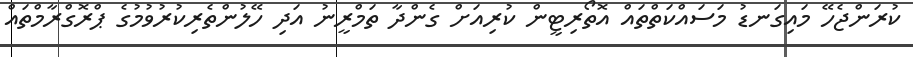
ކުރަންޖެހޭ މައިގަނޑު މަސައްކަތްތައް އޮތޯރިޓީން ކުރިއަށް ގެންދާ ތަމްރީނު އަދި ހޭލުންތެރިކުރުވުމުގެ ޕްރޮގްރާމްތައް